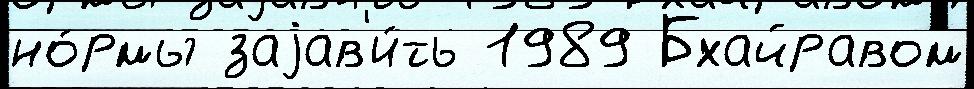
но́рмы заjав'и́ть 1989 Бхайравом